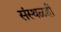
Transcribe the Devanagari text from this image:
संस्थळही